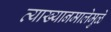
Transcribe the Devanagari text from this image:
व्याख्यानमालेमुळे